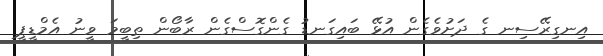
އިނގިރޭސިނ ގެ ދަށުވެގެން އުޅޭ ބައިގަނޑު ގެންގޮސްގެން ރާބޯން ތިބީމަ ވީނު އެމްޑީޕީ